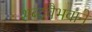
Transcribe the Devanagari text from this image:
शब्दवैभवाने